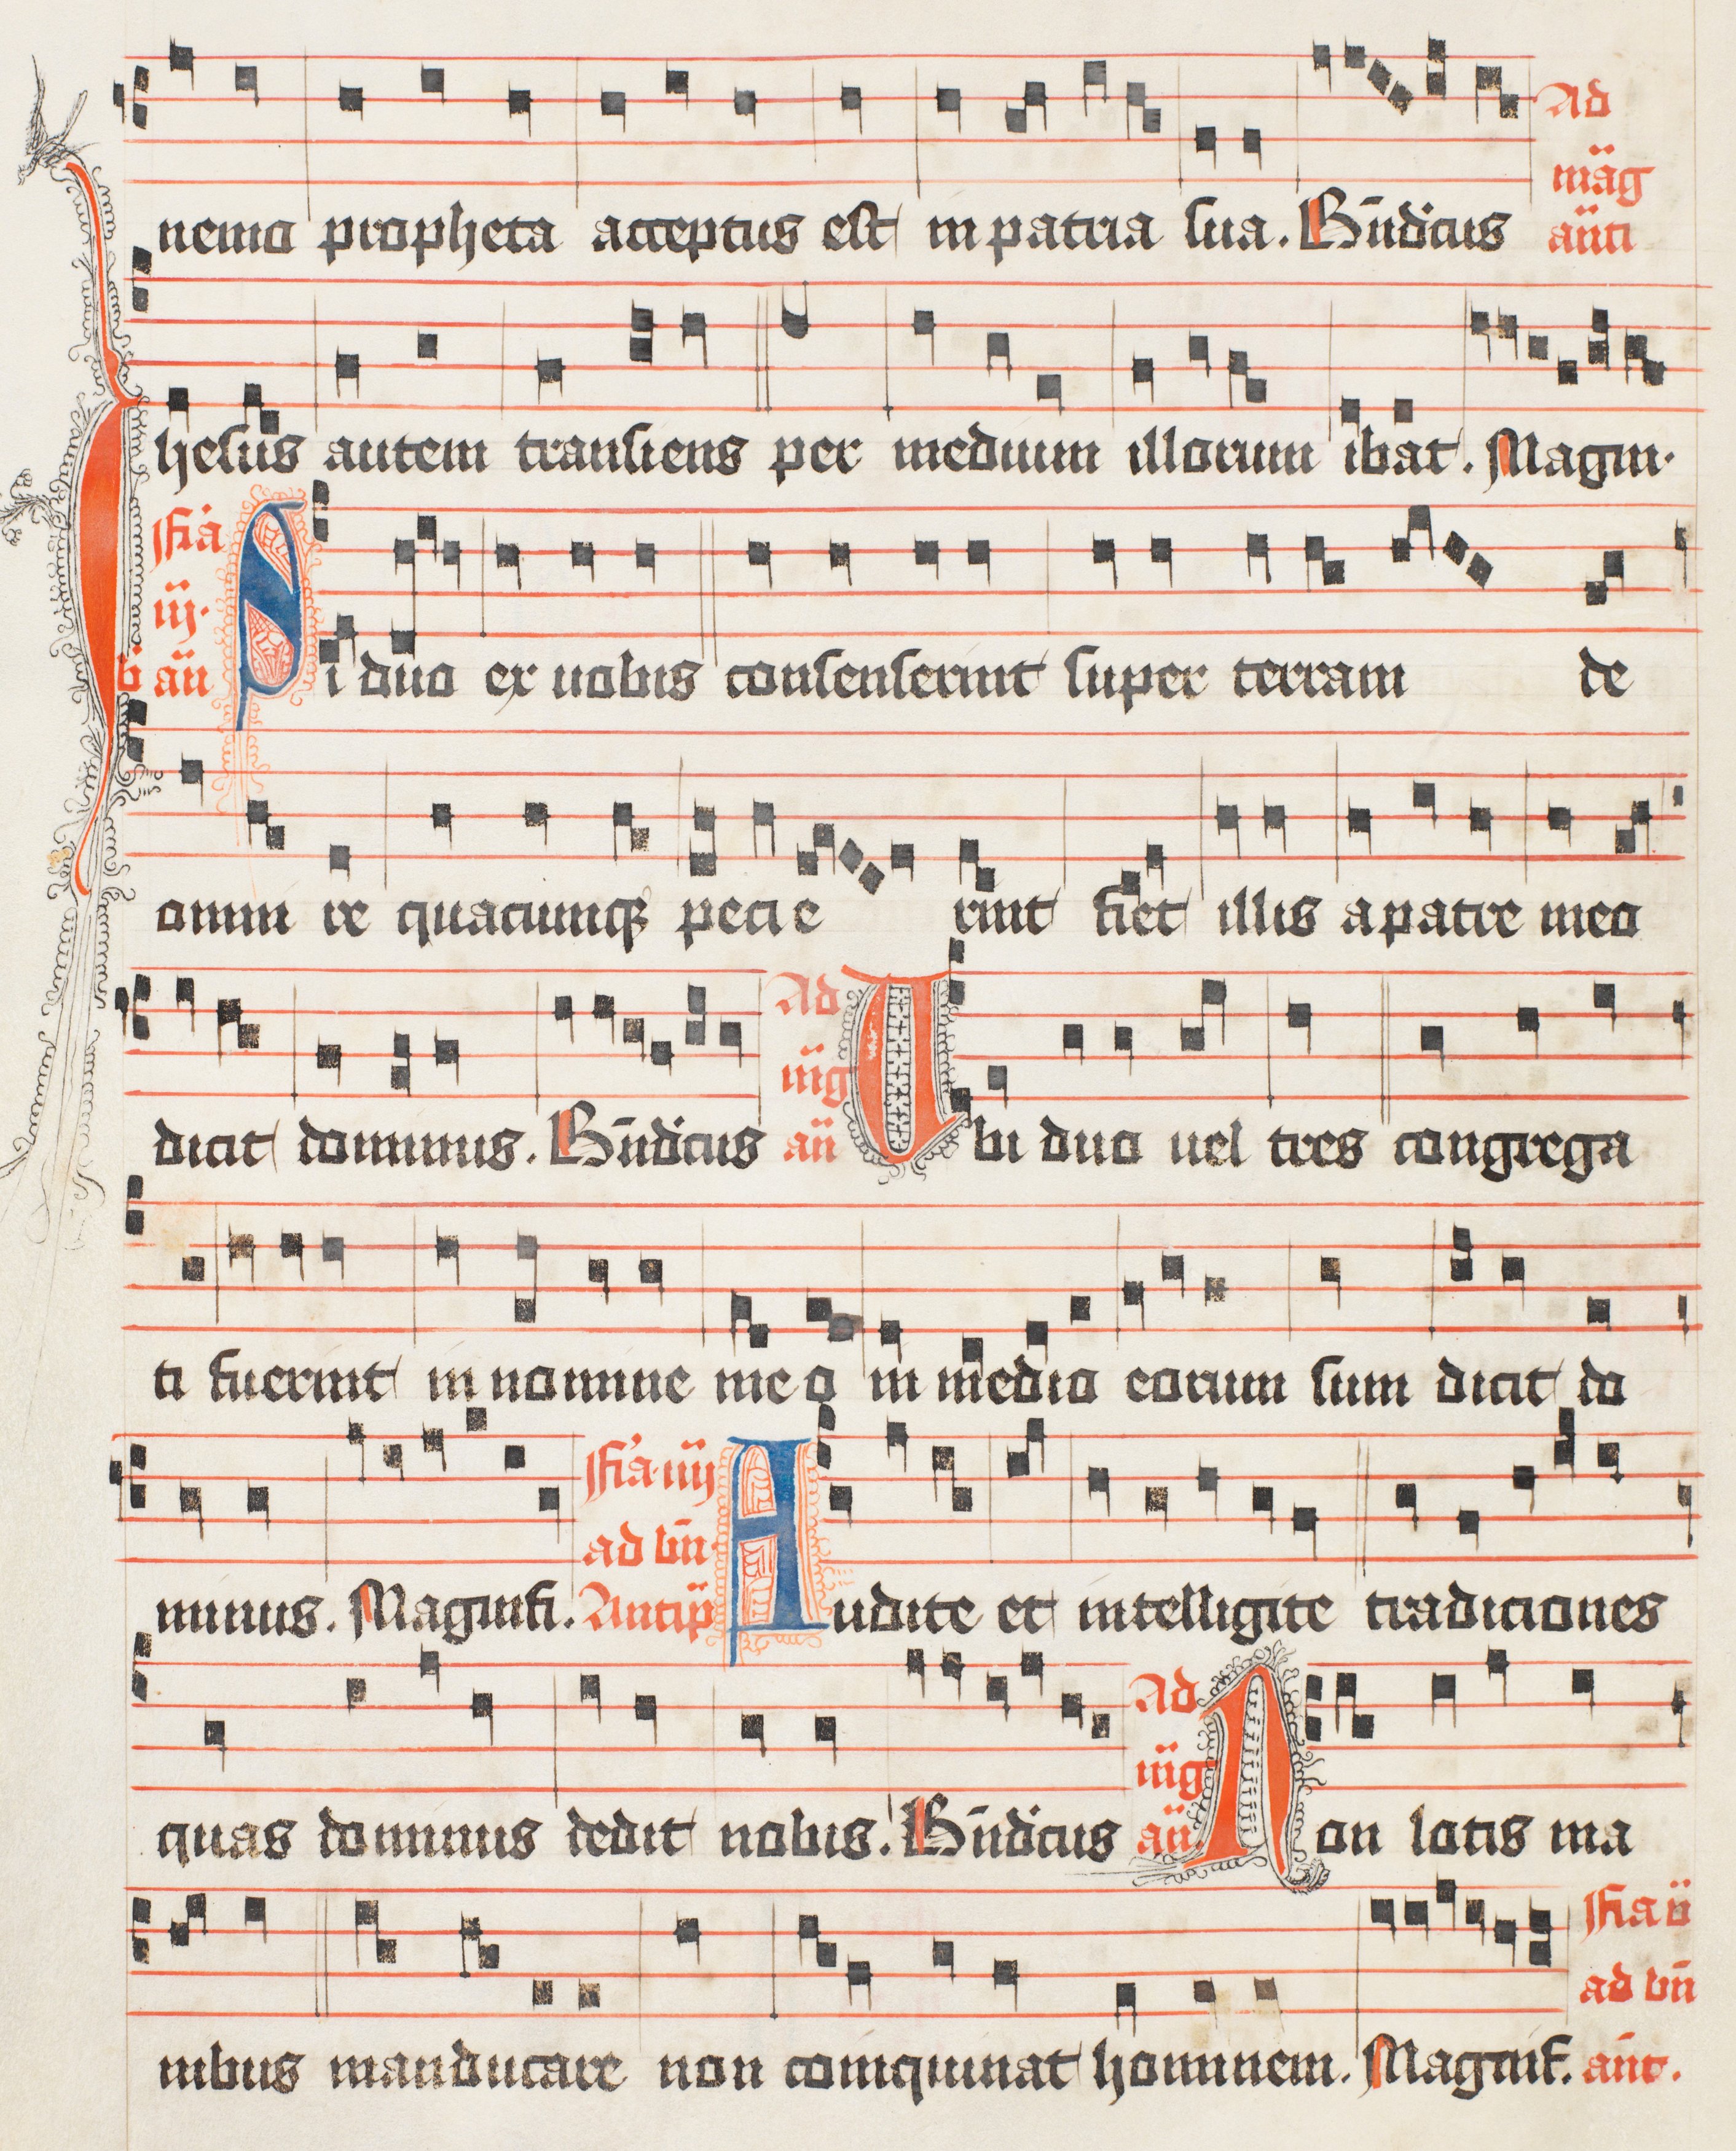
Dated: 1488–1488